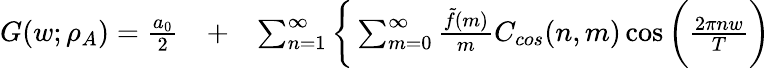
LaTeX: \begin{array}{rlr}{G(w;\rho_{A})=\frac{a_{0}}{2}}&{{}+}&{\sum_{n=1}^{\infty}\bigg\{ \sum_{m=0}^{\infty}\frac{\tilde{f}(m)}{m}C_{cos}(n,m)\cos{\bigg(\frac{2\pi nw}{T}\bigg)}}\end{array}